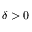
\delta > 0